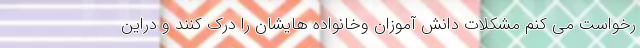
رخواست می کنم مشکلات دانش آموزان وخانواده هایشان را درک کنند و دراین